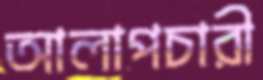
আলাপচারী